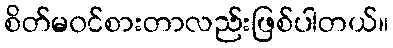
စိတ်မ၀င်စားတာလည်းဖြစ်ပါတယ်။